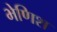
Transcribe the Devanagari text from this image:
भेणिश